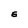
Character: E